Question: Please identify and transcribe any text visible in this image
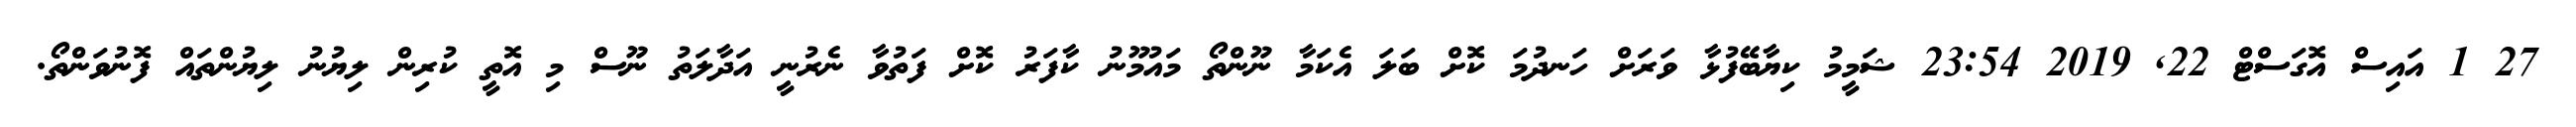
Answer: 27 1 އައިސް އޮގަސްޓް 22, 2019 23:54 ޝަމީމު ކިޔާބޭފުޅާ ވަރަށް ހަނދުމަ ކޮށް ބަލަ އެކަމާ ނޫންތޯ މައުމޫނު ކާފަރު ކޮށް ފަތުވާ ނެރުނީ އަދާލަތު ނޫސް މި އޮތީ ކުރިން ލިޔުނު ލިޔުންތައް ފޮނުވަންތޯ.